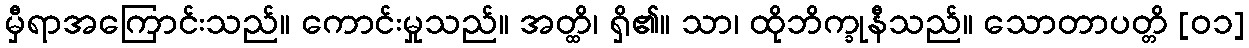
မှီရာအကြောင်းသည်။ ကောင်းမှုသည်။ အတ္ထိ၊ ရှိ၏။ သာ၊ ထိုဘိက္ခုနီသည်။ သောတာပတ္တိ [၀၁]